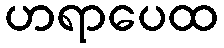
ဟရာပေထ